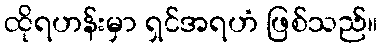
ထိုရဟန်းမှာ ရှင်အရဟံ ဖြစ်သည်။